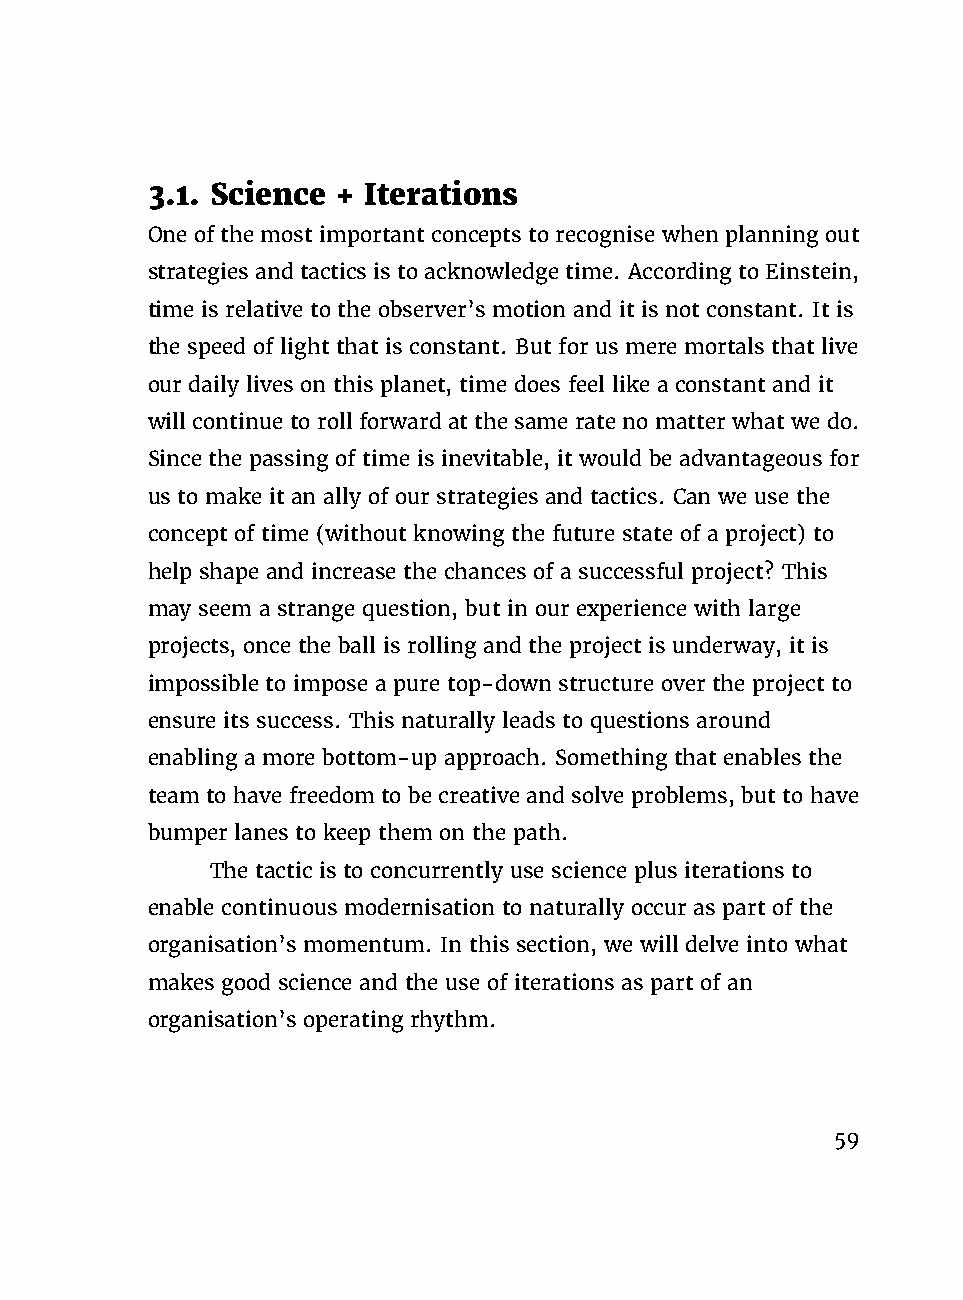
3.1. Science + Iterations
 One of the most important concepts to recognise when planning out
 strategies and tactics is to acknowledge time. According to Einstein,
 time is relative to the observer’s motion and it is not constant. It is
 the speed of light that is constant. But for us mere mortals that live
 our daily lives on this planet, time does feel like a constant and it
 will continue to roll forward at the same rate no matter what we do.
 Since the passing of time is inevitable, it would be advantageous for
 us to make it an ally of our strategies and tactics. Can we use the
 concept of time (without knowing the future state of a project) to
 help shape and increase the chances of a successful project? This
 may seem a strange question, but in our experience with large
 projects, once the ball is rolling and the project is underway, it is
 impossible to impose a pure top-down structure over the project to
 ensure its success. This naturally leads to questions around
 enabling a more bottom-up approach. Something that enables the
 team to have freedom to be creative and solve problems, but to have
 bumper lanes to keep them on the path.
 The tactic is to concurrently use science plus iterations to
 enable continuous modernisation to naturally occur as part of the
 organisation’s momentum. In this section, we will delve into what
 makes good science and the use of iterations as part of an
 organisation’s operating rhythm.
 59